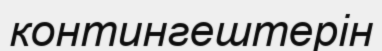
контингештерін